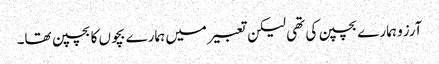
آرزو ہمارے بچپن کی تھی لیکن تعبیر میں ہمارے بچوں کا بچپن تھا۔